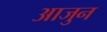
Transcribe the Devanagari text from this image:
आजुन